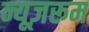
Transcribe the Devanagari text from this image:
न्यूज़रूम